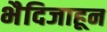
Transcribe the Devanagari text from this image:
भैदिजाहून